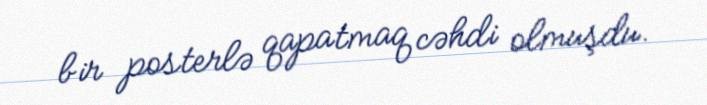
bir posterlə qapatmaq cəhdi olmuşdu.